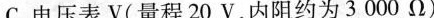
C.电压表V(量程20V，内阻约为3000Ω)